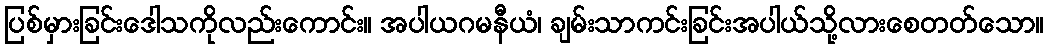
ပြစ်မှားခြင်းဒေါသကိုလည်းကောင်း။ အပါယဂမနီယံ၊ ချမ်းသာကင်းခြင်းအပါယ်သို့လားစေတတ်သော။